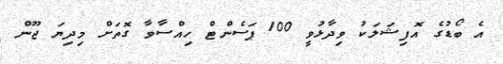
އެ ބޯޑުގެ އޮފިޝަލަކު ވިދާޅުވީ 100 ޕަސެންޓް ހިއްސާވާ ގޮތަށް މިދިޔަ ޖޫން